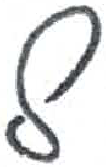
אות: ל